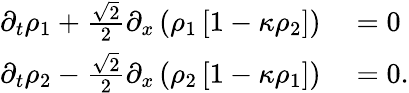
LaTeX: \begin{array}{rl}{\partial_{t}\rho_{1}+\frac{\sqrt{2}}{2}\partial_{x}\left(\rho_{1}\left[1-\kappa\rho_{2}\right]\right){}}&{{}={}0}\\ {\partial_{t}\rho_{2}-\frac{\sqrt{2}}{2}\partial_{x}\left(\rho_{2}\left[1-\kappa\rho_{1}\right]\right){}}&{{}={}0.}\end{array}